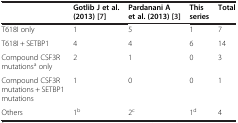
|  | Gotlib J et al. (2013) [7] | Pardanani A et al. (2013) [3] | This series | Total |
 | --- | --- | --- | --- | --- |
 | T618I only | 1 | 5 | 1 | 7 |
 | T618I + SETBP1 | 4 | 4 | 6 | 14 |
 | Compound CSF3R mutationsa only | 2 | 1 | 0 | 3 |
 | Compound CSF3R mutations + SETBP1 mutations | 1 | 0 | 0 | 1 |
 | Others | 1b | 2c | 1d | 4 |